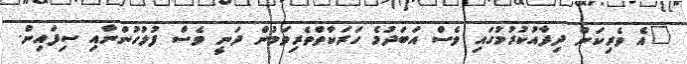
"އެ ވެރިކަން ދިފާއުކުރުމުގައި ވެސް އަބަދުމެ ހަރަކާތްތެރިވަމުން ދަނީ ވެސް ފުލުހުންނާއި ސިފައިން.